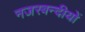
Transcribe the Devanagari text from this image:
नजरबन्दीयों